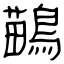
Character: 鶓